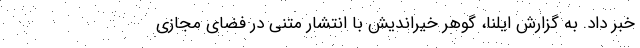
خبر داد. به گزارش ایلنا، گوهر خیراندیش با انتشار متنی در فضای مجازی